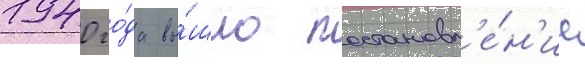
1940 го́да вы́шло постановл'е́н'ие